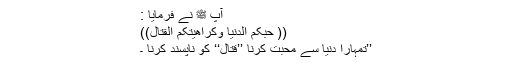
آپ ﷺ نے فرمایا :
(( حُبُّکُمُ الدُّنْیَا وَکَرَاھِیَتُکُمُ الْقِتَالَ))
’’تمہارا دنیا سے محبت کرنا ’’قتال‘‘ کو ناپسند کرنا ۔